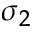
\sigma _ { 2 }